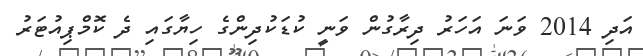
އަދި 2014 ވަނަ އަހަރު ދިރާގުން ވަނީ ކުޑަކުދިންގެ ހިޔާގައި ދެ ކޮމްޕިއުޓަރު